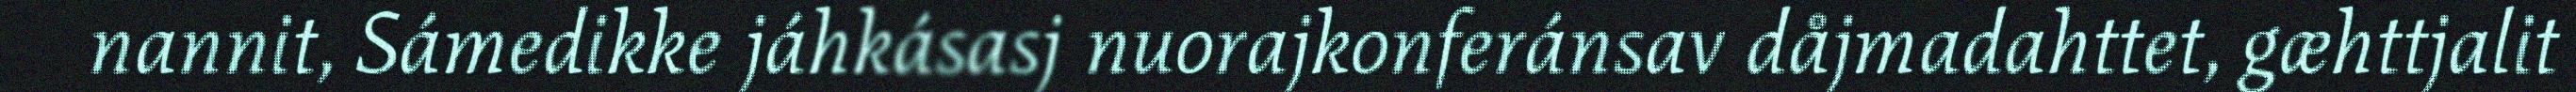
nannit, Sámedikke jáhkásasj nuorajkonferánsav dåjmadahttet, gæhttjalit